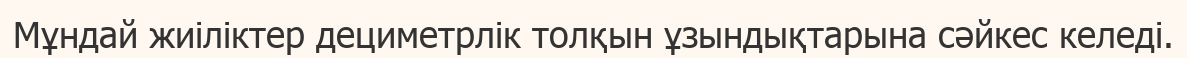
Мұндай жиіліктер дециметрлік толқын ұзындықтарына сәйкес келеді.